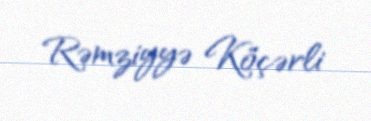
Rəmziyyə Köçərli